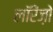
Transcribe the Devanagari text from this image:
लॉरेंज़ो